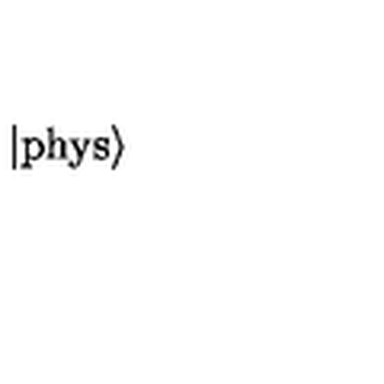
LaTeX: \left| \mathrm { p h y s } \right\rangle